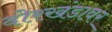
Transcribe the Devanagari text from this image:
दोरखंडावर